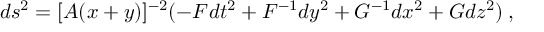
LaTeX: d s ^ { 2 } = [ A ( x + y ) ] ^ { - 2 } ( - { \cal F } d t ^ { 2 } + { \cal F } ^ { - 1 } d y ^ { 2 } + { \cal G } ^ { - 1 } d x ^ { 2 } + { \cal G } d z ^ { 2 } ) \: ,